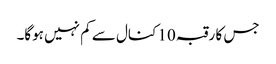
جس کا رقبہ 10 کنال سے کم نہیں ہوگا۔